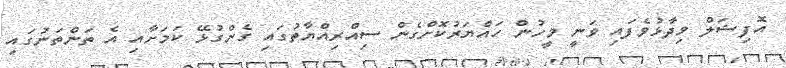
އޮފިޝަލް ވިދާޅުވެފައި ވަނީ މީހުން ހައްޔަރުކޮށްގެން ސިއްރިއްޔާތުގައި ގެންގުޅޭ ކަމަށާއި އެ ތަންތަނުގައި